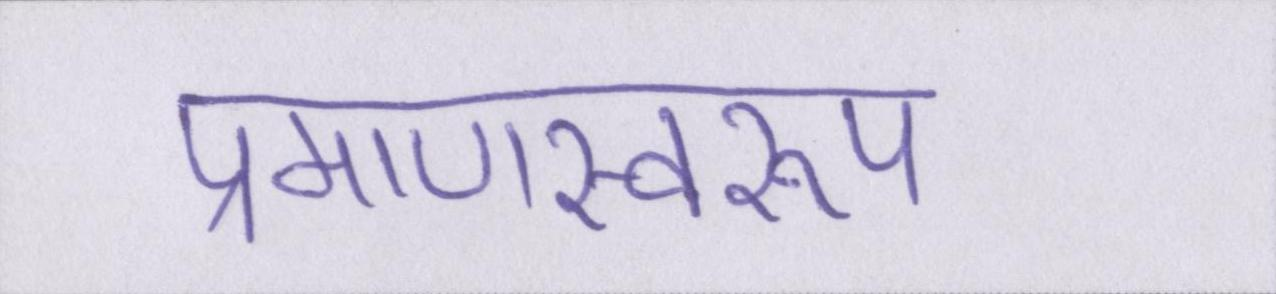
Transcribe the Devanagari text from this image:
प्रमाणस्वरूप